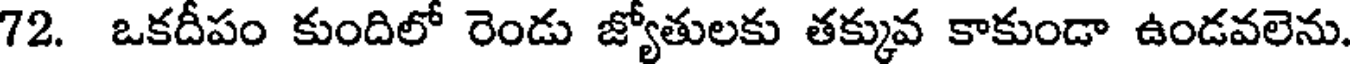
72. ఒకదీపం కుందిలో రెండు జ్యోతులకు తక్కువ కాకుండా ఉండవలెను.